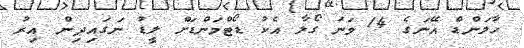
ހާލަންޑް އޭނަގެ 14 ވަނަ ގޯލާ އެކު ޑޯޓްމަންޑަށް ލީޑު ނަގައިދިން އިރު